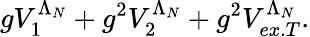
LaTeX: gV_{1}^{\Lambda_{N}}+g^{2}V_{2}^{\Lambda_{N}}+g^{2}V_{ex.T}^{\Lambda_{N}}.